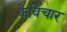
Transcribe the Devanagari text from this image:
केविचार